Civil Veterinary Dept. North-West Frontier Province 1901-22 - 1901-1922
Year: 1901
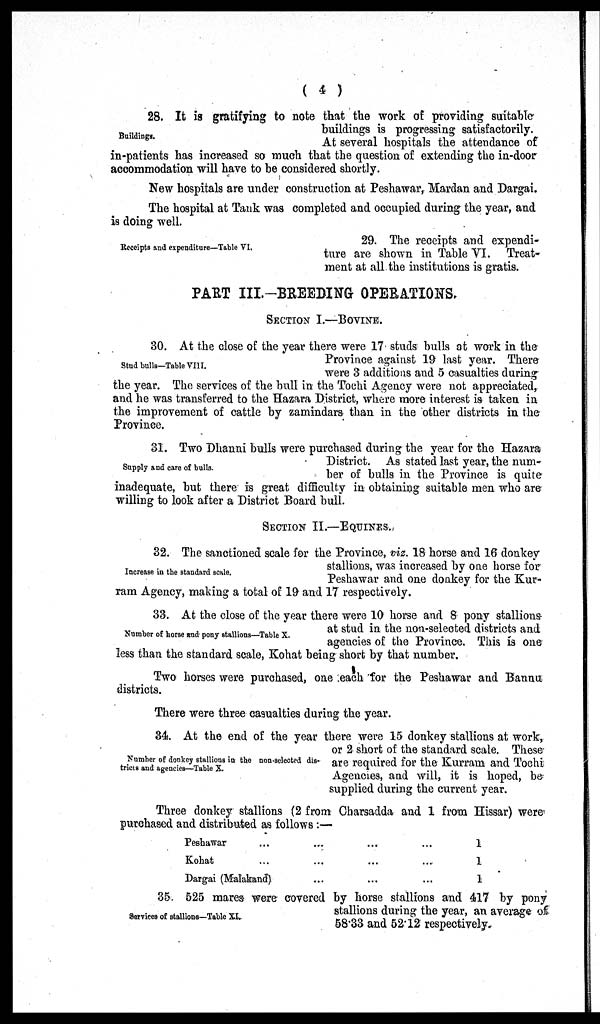
(4)
Buildings.
28. It is gratifying to note that the work of providing suitable
buildings is progressing satisfactorily.
At several hospitals the attendance of
in-patients has increased so much that the question of extending the in-door
accommodation will have to be considered shortly.
New hospitals are under construction at Peshawar, Mardan and Dargai.
The hospital at Tank was completed and occupied during the year, and
is doing well.
Receipts and expenditure—Table VI.
29. The receipts and expendi-
ture are shown in Table VI. Treat-
ment at all the institutions is gratis.
PART III.—BREEDING OPERATIONS.
SECTION I.-BOVINE.
Stud bulls—Table VIII.
30. At the close of the year there were 17 studs bulls at work in the
Province against 19 last year. There
were 3 additions and 5 casualties during
the year. The services of the bull in the Tochi Agency were not appreciated,
and he was transferred to the Hazara District, where more interest is taken in
the improvement of cattle by zamindars than in the other districts in the
Province.
Supply and care of bulls.
31. Two Dhanni bulls were purchased during the year for the Hazara
District. As stated last year, the num-
ber of bulls in the Province is quite
inadequate, but there is great difficulty in obtaining suitable men who are
willing to look after a District Board bull.
SECTION II.–EQUINES.
Increase in the standard scale.
32. The sanctioned scale for the Province, viz. 18 horse and 16 donkey
stallions, was increased by one horse for
Peshawar and one donkey for the Kur-
ram Agency, making a total of 19 and 17 respectively.
Number of horse and pony stallions—Table X.
33. At the close of the year there were 10 horse and 8 pony stallions
at stud in the non-selected districts and
agencies of the Province. This is one
less than the standard scale, Kohat being short by that number.
Two horses were purchased, one each for the Peshawar and Bannu
districts.
There were three casualties during the year.
Number of donkey stallions in the non-selected dis-
tricts and agencies—Table X.
34. At the end of the year there were 15 donkey stallions at work,
or 2 short of the standard scale. These
are required for the Kurram and Tochi
Agencies, and will, it is hoped, be
supplied during the current year.
Three donkey stallions (2 from Charsadda and 1 from Hissar) were
purchased and distributed as follows:—
Peshawar ...
Kohat ...
Dargai (Malakand)
...
...
...
...
...
...
...
...
...
1
1
1
Services of stallions—Table XI.
35. 525 mares were covered by horse stallions and 417 by pony
stallions during the year, an average of
58.33 and 52.12 respectively.